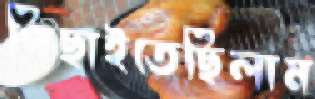
পিছাইতেছিলাম